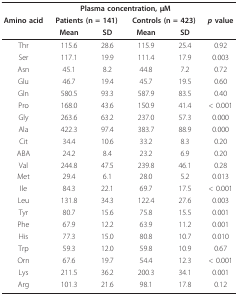
|  | <COLSPAN=4> Plasma concentration, μM |  |
 | Amino acid | <COLSPAN=2> Patients (n = 141) | <COLSPAN=2> Controls (n = 423) | p value |
 |  | Mean | SD | Mean | SD |  |
 | --- | --- | --- | --- | --- | --- |
 | Thr | 115.6 | 28.6 | 115.9 | 25.4 | 0.92 |
 | Ser | 117.1 | 19.9 | 111.4 | 17.9 | 0.003 |
 | Asn | 45.1 | 8.2 | 44.8 | 7.2 | 0.72 |
 | Glu | 46.7 | 19.4 | 45.7 | 19.5 | 0.60 |
 | Gln | 580.5 | 93.3 | 587.9 | 83.5 | 0.40 |
 | Pro | 168.0 | 43.6 | 150.9 | 41.4 | < 0.001 |
 | Gly | 263.6 | 63.2 | 237.0 | 57.3 | 0.000 |
 | Ala | 422.3 | 97.4 | 383.7 | 88.9 | 0.000 |
 | Cit | 34.4 | 10.6 | 33.2 | 8.3 | 0.20 |
 | ABA | 24.2 | 8.4 | 23.2 | 6.9 | 0.20 |
 | Val | 244.8 | 47.5 | 239.8 | 46.1 | 0.28 |
 | Met | 29.4 | 6.1 | 28.0 | 5.2 | 0.013 |
 | Ile | 84.3 | 22.1 | 69.7 | 17.5 | < 0.001 |
 | Leu | 131.8 | 34.3 | 122.4 | 27.6 | 0.003 |
 | Tyr | 80.7 | 15.6 | 75.8 | 15.5 | 0.001 |
 | Phe | 67.9 | 12.2 | 63.9 | 11.2 | 0.001 |
 | His | 77.3 | 15.0 | 80.8 | 10.7 | 0.010 |
 | Trp | 59.3 | 12.0 | 59.8 | 10.9 | 0.67 |
 | Orn | 67.6 | 19.7 | 54.4 | 12.3 | < 0.001 |
 | Lys | 211.5 | 36.2 | 200.3 | 34.1 | 0.001 |
 | Arg | 101.3 | 21.6 | 98.1 | 17.8 | 0.12 |